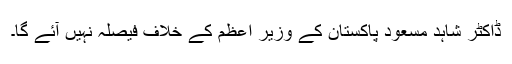
ڈاکٹر شاہد مسعود پاکستان کے وزیر اعظم کے خلاف فیصلہ نہیں آئے گا۔